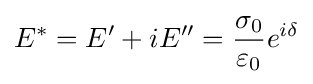
E^{*}=E'+iE''={\frac {\sigma _{0}}{\varepsilon _{0}}}e^{i\delta }